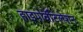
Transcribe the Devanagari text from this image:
हाइपोवेंटिलेशन